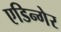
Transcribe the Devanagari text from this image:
एडिन्गेर